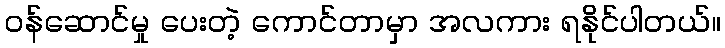
ဝန်ဆောင်မှု ပေးတဲ့ ကောင်တာမှာ အလကား ရနိုင်ပါတယ်။